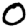
Digit: 0